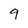
Character: 9